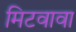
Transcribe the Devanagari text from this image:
मिटवावा